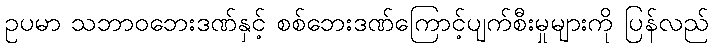
ဥပမာ သဘာဝဘေးဒဏ်နှင့် စစ်ဘေးဒဏ်ကြောင့်ပျက်စီးမှုများကို ပြန်လည်